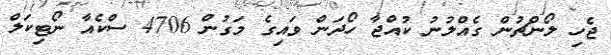
ޖެހި ލޯންޗުން ގެއްލުނު ކުއްޖާ ހޯދަން ވައިގެ މަގުން 4706 ސްކެއާ ނޯޓިކަލް